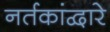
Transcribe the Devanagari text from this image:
नर्तकांद्वारे